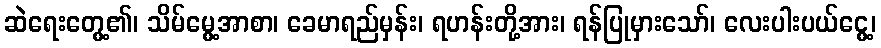
ဆဲရေးတွေ့၏၊ သိမ်မွေ့အာစာ၊ ခေမာရည်မှန်း၊ ရဟန်းတို့အား၊ ရန်ပြုမှားသော်၊ လေးပါးပယ်ငွေ့၊